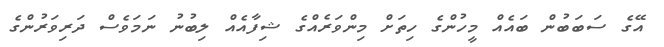
އޭގެ ސަބަބުން ބައެއް މީހުންގެ ހިތަށް މިންވަރެއްގެ ޝިފާއެއް ލިބުނު ނަމަވެސް ދަރިވަރުންގެ